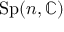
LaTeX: \mathrm { S p } ( n , \mathbb { C } )